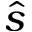
\hat { s }